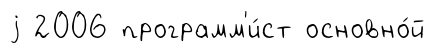
j 2006 программ'и́ст основно́й